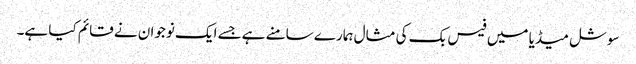
سوشل میڈیا میں فیس بک کی مثال ہمارے سامنے ہےجسے ایک نوجوان نے قائم کیا ہے۔